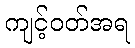
ကျင့်ဝတ်အရ